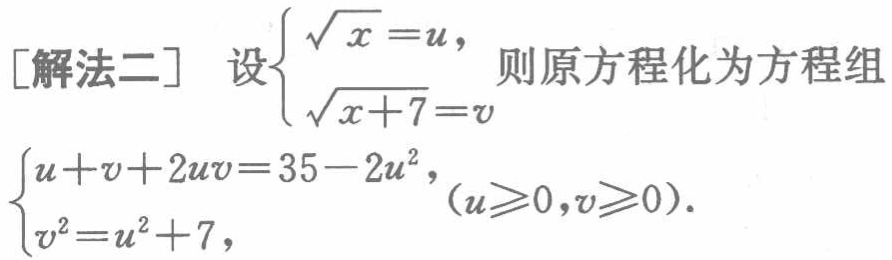
[解法二] 设$\begin{cases}\sqrt{x}=u,\\\sqrt{x + 7}=v\end{cases}$则原方程化为方程组

$\begin{cases}u + v + 2uv=35 - 2u^{2},(u\geqslant0,v\geqslant0).\\v^{2}=u^{2}+7,\end{cases}$